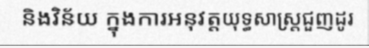
និងវិន័យ ក្នុងការអនុវត្តយុទ្ធសាស្ត្រជួញដូរ